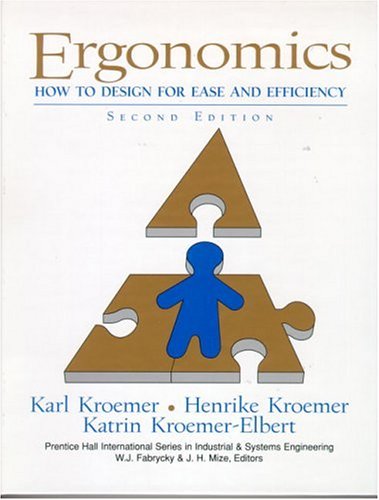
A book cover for Ergonomics: How to Design for Ease and Efficiency (2nd Edition); K.H.E. Kroemer; Engineering & Transportation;